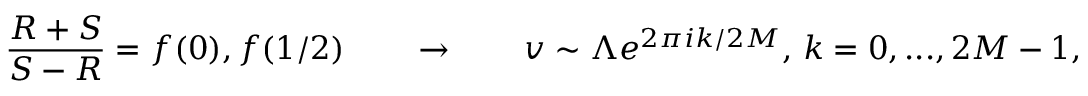
{ \frac { R + S } { S - R } } = f ( 0 ) , f ( 1 / 2 ) \qquad \rightarrow \qquad v \sim \Lambda e ^ { 2 \pi i k / 2 M } , \, k = 0 , . . . , 2 M - 1 ,